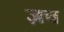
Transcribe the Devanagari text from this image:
ज़च